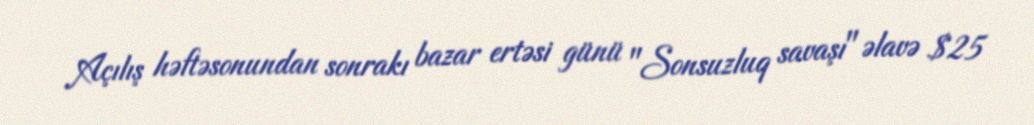
Açılış həftəsonundan sonrakı bazar ertəsi günü "Sonsuzluq savaşı" əlavə $25